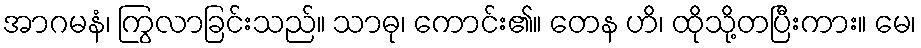
အာဂမနံ၊ ကြွလာခြင်းသည်။ သာဓု၊ ကောင်း၏။ တေန ဟိ၊ ထိုသို့တပြီးကား။ မေ၊